Report on vaccination in Madras 1904-1921 - 1904-1921
Year: 1904
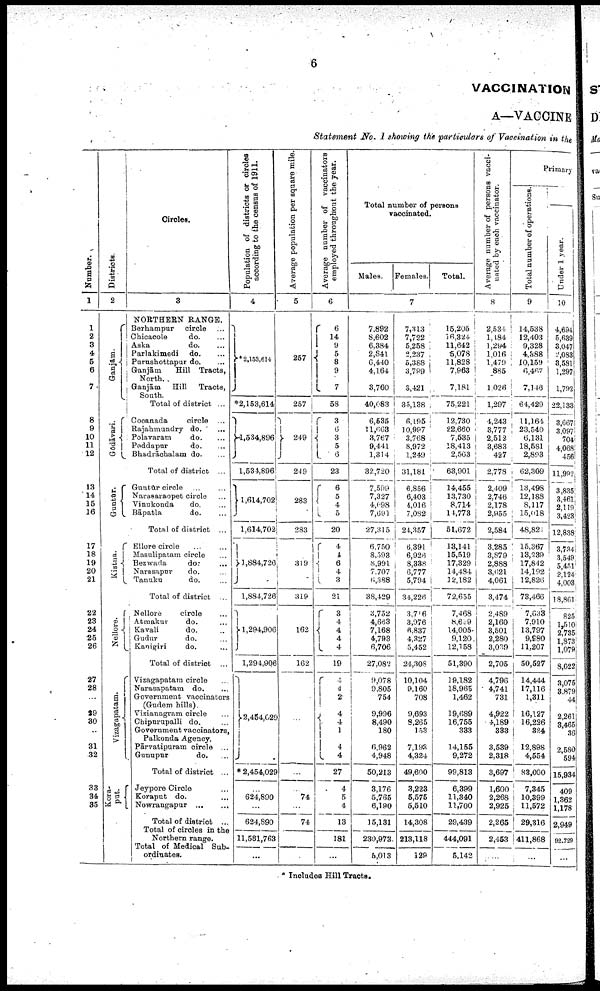
6
VACCINATION
A—VACCINE
Statement No. I showing the particulars of Vaccination in the
Number.
1
1
2
3
4
5
6
7
8
9
10
11
12
13
14
15
16
17
18
19
20
21
22
23
24
25
26
27
28
...
29
30
...
31
32
33
34
35
Districts.
2
Gānjam.
Gōdāvari.
Guntūr.
Kistna.
Nellore.
Vizagapatam.
Kora-
put.
Circles.
3
NORTHERN RANGE.
Berhampur
circle ...
Chicacole
do. ...
Aska
do. ...
Parlakimedi
do. ...
Purushottapur do. ...
Ganjām
Hill Tracts,
North.
Ganjām
Hill
Tracts,
South.
Total of district ...
Cocanada
circle ...
Rajahmundry do. ...
Polavaram
do. ...
Peddapur
do. ...
Bhadrāchalam do. ...
Total of district ...
Guntūr circle ... ...
Narasaraopet circle ...
Vinukonda
do. ...
Bāpatla
do. ...
Total of district ...
Ellore circle ... ...
Masulipatam circle ...
Bezwada
do.
...
Narasapur
do. ...
Tanuku
do. ...
Total of district ...
Nellore
circle ...
Atmakur
do. ...
Kavali
do. ...
Gudur
do. ...
Kanigiri
do. ...
Total of district ...
Vizagapatam circle ...
Narasapatam do. ...
Government vaccinators
(Gudem hills).
Vizianagram circle ...
Chipurupalli do. ...
Government vaccinators,
Palkonda Agency.
Pārvatipuram circle ...
Gunupur
do. ...
Total of district ...
Jeypore Circle ...
Koraput do. ...
Nowrangapur
...
...
Total of district ...
Total of circles in the
Northern range.
Total of Medical Sub
ordinates.
Population of districts or circles
according to the census of 1911.
4
2,153,614
*2,153,614
1,534,896
1,534,896
1,614,702
1,614,702
1,884,726
1,884,726
1,294,906
1,294,906
2,454,029
*2,454,029
...
624,890
...
624,890
11,581,763
...
Average population per square mile.
5
257
257
249
249
283
283
319
319
162
162
...
...
...
74
...
74
...
...
Average number of
vaccinators
employed throughout the year.
6
6
14
9
5 8
9
7
58
3
6
3
5
6
23
6
5
4
5
20
4
4
6
4
3
21
3
4
4
4
4
19
4
4
2
4
4
1
4
4
27
4
5
4
13
181
...
Total number of persons
vaccinated.
Males.
Females.
Total.
7
7,892
8,602
6,384
2,841
6,440
4,164
3,760
40,083
6,535
11,663
3,767
9,441
1,314
32,720
7,599
7,327
4,698
7,691
27,315
6,750
8,593
8,991
7,707
6,388
38,429
3,752
4,663
7,168
4,793
6,706
27,082
9,078
9,805
754
9,996
8,490
180
6,962
4,948
50,213
3,176
5,765
6,190
15,131
230,973
5,013
7,313
7,722
5,258
2,237
5,388
3,789
3,421
35,138
6,195
10,997
3,768
8,972
1,249
31,181
6,856
6,403
4,016
7,082
24,357
6,391
6,926
8,338
6,777
5,794
34,226
3,716
3,976
6,837
4,327
5,452
24,308
10,104
9,160
708
9,693
8,265
153
7,193
4,324
49,600
3,223
5,575
5,510
14,308
213,118
129
15,205
16,324
11,642
5,078
11,828
7,963
7,181
75,221
12,730
22,660
7,535
18,413
2,563
63,901
14,455
13,730
8,714
14,773
51,672
13,141
15,519
17,329
14,484
12,182
72,655
7,468
8,619
14,005
9,120
12,158
51,390
19,182
18,965
1,462
19,689
16,755
333
14,155
9,272
99,813
6,399
11,340
11,700
29,439
444,091
5,142
Average number of persons vacci
nated by each vaccinator.
8
2,534
1,184
1,294
1,016
1,479
885
1,026
1,297
4,243
3,777
2,512
3,683
427
2,778
2,409
2,746
2,178
2,955
2,584
3,285
3,879
2,888
3,621
4,061
3,474
2,489
2,160
3,501
2,280
3,039
2,705
4,796
4,741
731
4,922
4,189
333
3,539
2,318
3,697
1,600
2,268
2,925
2,265
2,453
...
Primary
Total number of operations.
9
14,538
12,403
9,328
4,388
10,159
6,467
7,146
64,429
11,164
23,540
6,131
18,581
2,893
62,369
13,498
12,188
8,117
15,018
48,821
15,367
13,239
17,842
14,192
12,826
73,466
7,633
7,910
13,797
9,980
11,207
50,527
14,444
17,116
1,311
16,127
16,226
324
12,898
4,554
83,000
7,345
10,399
11,572
29,316
411,868
...
Under 1 year.
10
4,694
5,639
3,047
2,083
3,581
1,297
1,792
22,133
3,667
3,097
704
4,068
456
11,992
3,835
3,461
2,119
3,423
12,838
3,734
3,549
...
2,124
4,003
18,861
825
1,510
2,735
1,873
l,079
8,022
3,075
3,879
44
2,261
3,465
36
2,580
594
15,934
409
1,362
1,178
2,949
92,729
...
* Includes Hill Tracts.